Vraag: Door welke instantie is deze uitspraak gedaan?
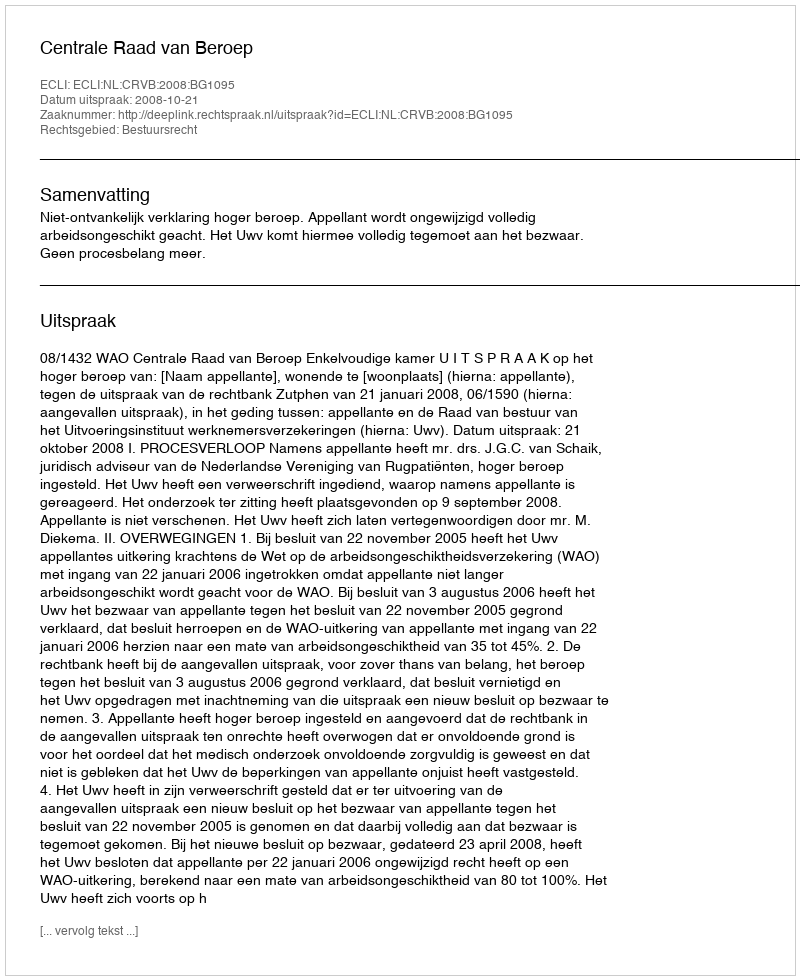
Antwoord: Centrale Raad van Beroep